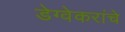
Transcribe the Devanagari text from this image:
डेग्वेकरांचे